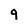
Character: 9